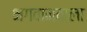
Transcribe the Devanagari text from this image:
भगवानवाला